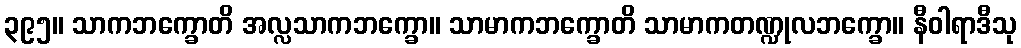
၃၉၅။ သာကဘက္ခောတိ အလ္လသာကဘက္ခော။ သာမာကဘက္ခောတိ သာမာကတဏ္ဍုလဘက္ခော။ နီဝါရာဒီသု